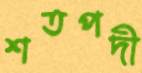
শতপদী